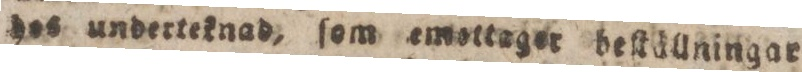
hos underteknad, ſom emottager beſtållningar